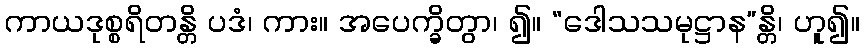
ကာယဒုစ္စရိတန္တိ ပဒံ၊ ကား။ အပေက္ခိတွာ၊ ၍။ “ဒေါသသမုဋ္ဌာန”န္တိ၊ ဟူ၍။